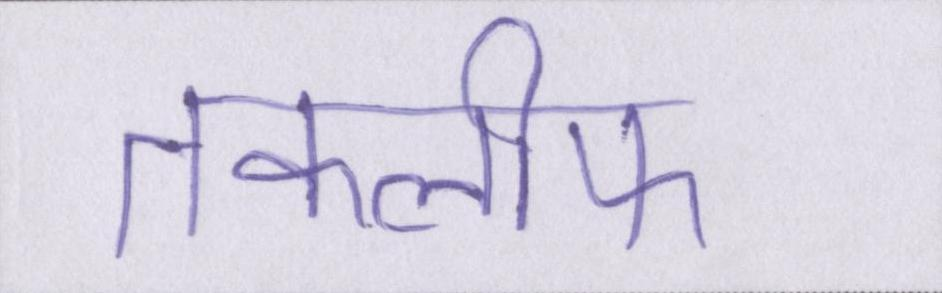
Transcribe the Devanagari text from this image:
तकलीफ